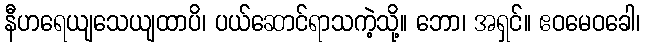
နီဟရေယျသေယျထာပိ၊ ပယ်ဆောင်ရာသကဲ့သို့။ ဘော၊ အရှင်။ ဧဝမေဝခေါ၊